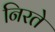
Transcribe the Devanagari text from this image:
निरते